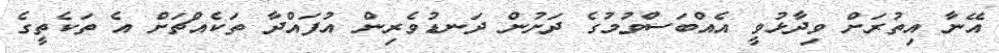
އޭނާ އިތުރަށް ވިދާޅުވީ އެއްބަސްވުމުގެ ދަށުން ދަނޑުވެރިން އުފައްދާ ތަކެއްޗަށް އެ ތަކެތީގެ